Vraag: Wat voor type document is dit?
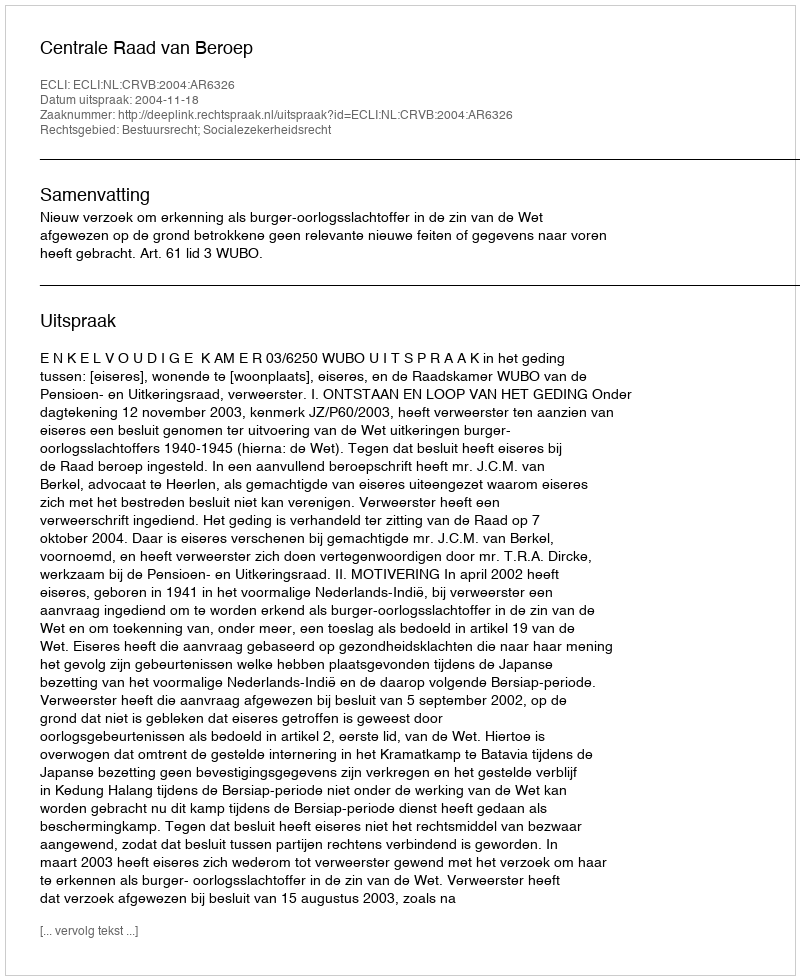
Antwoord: Uitspraak